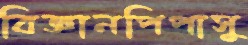
বিজ্ঞানপিপাসু